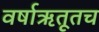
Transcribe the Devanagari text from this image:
वर्षाऋतूतच